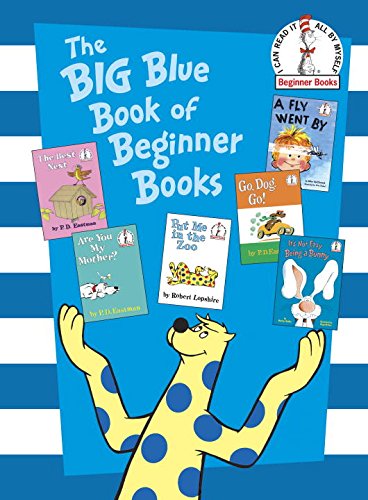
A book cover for The Big Blue Book of Beginner Books (Beginner Books(R)); P.D. Eastman; Children's Books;